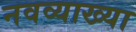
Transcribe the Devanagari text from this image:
नवव्याख्या